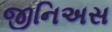
જીનિઅસ